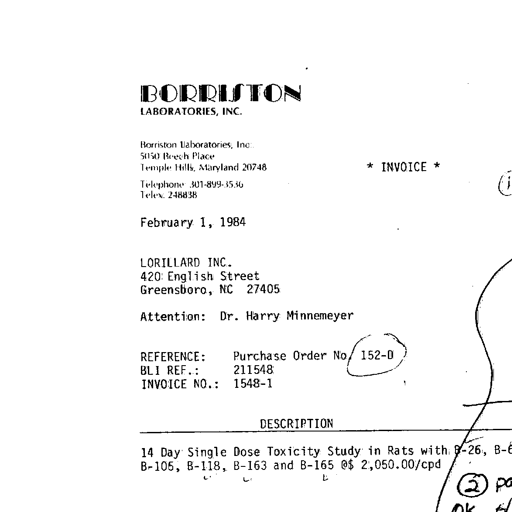
Transcript:
BORRISTON
LABORATORIES, INC.

Borriston Laboratories, Inc.
5050 Beech Place
Temple Hills, Maryland 20748	* INVOICE *

Telephone 301-899-3536
Telex 248838

February 1, 1984

LORILLARD INC.
420 English Street
Greensboro, NC 27405

Attention: Dr. Harry Minnemeyer

REFERENCE: Purchase Order No. 152-0
BLI REF.: 211548
INVOICE NO.: 1548-1

DESCRIPTION

14 Day Single Dose Toxicity Study in Rats with B-26, B-6
B-106, B-118, B-163 and B-165 @$ 2,050.00/cpd

(1)

(2) pa
OK H